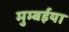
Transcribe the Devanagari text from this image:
मुम्बईया